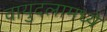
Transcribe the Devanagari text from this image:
वायुदलामध्ये